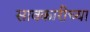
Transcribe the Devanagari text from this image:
सावकारीच्या